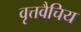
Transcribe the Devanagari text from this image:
वृत्तवैचिय